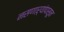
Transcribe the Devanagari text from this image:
नसणाऱ्यांपासून